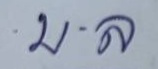
บ . ล